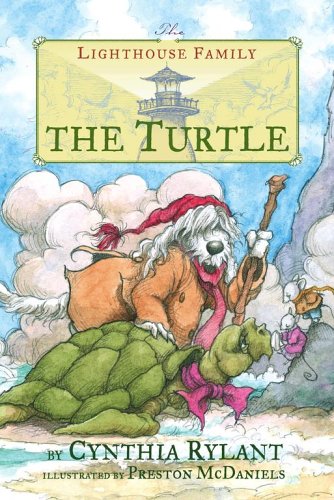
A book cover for The Turtle (Lighthouse Family); Cynthia Rylant; Children's Books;